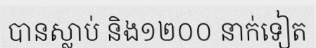
បានស្លាប់ និង១២០០ នាក់ទៀត